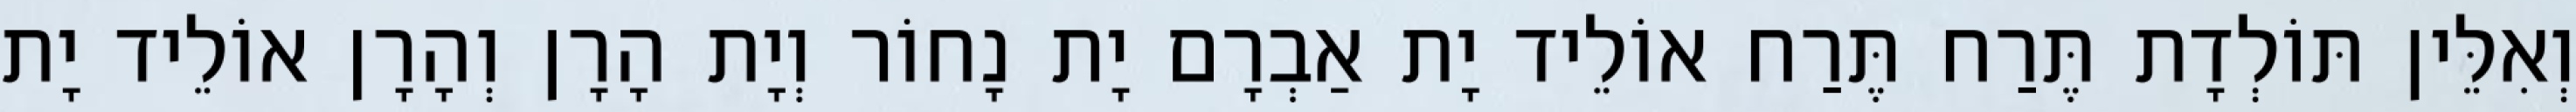
וְאִלֵּין תּוֹלְדָת תֶּרַח תֶּרַח אוֹלֵיד יָת אַבְרָם יָת נָחוֹר וְיָת הָרָן וְהָרָן אוֹלֵיד יָת